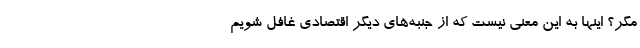
مگر؟ اینها به این معنی نیست که از جنبه‌های دیگر اقتصادی غافل شویم